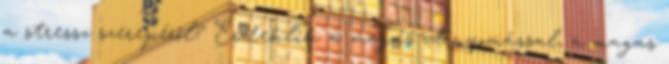
a stressz szerepéről? Érdeklik a magas vérnyomással, a magas